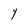
Character: Y